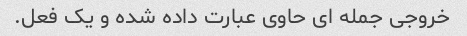
خروجی جمله ای حاوی عبارت داده شده و یک فعل.